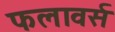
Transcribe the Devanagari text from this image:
फलावर्स